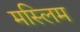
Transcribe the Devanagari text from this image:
मस्लिम